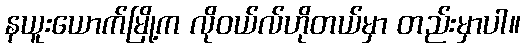
နယူးယောက်မြို့က လိုဝယ်လ်ဟိုတယ်မှာ တည်းမှာပါ။